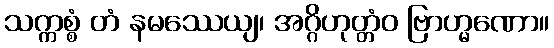
သက္ကစ္စံ တံ နမဿေယျ၊ အဂ္ဂိဟုတ္တံဝ ဗြာဟ္မဏော။